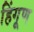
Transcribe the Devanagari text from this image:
हिंगूण